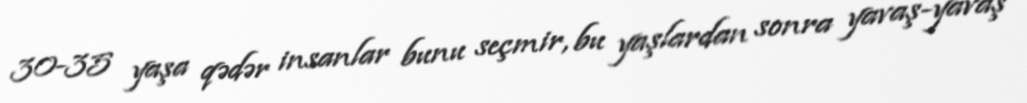
30-35 yaşa qədər insanlar bunu seçmir, bu yaşlardan sonra yavaş-yavaş